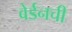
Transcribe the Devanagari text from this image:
वेर्डनची